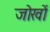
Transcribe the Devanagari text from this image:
जोखों